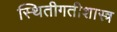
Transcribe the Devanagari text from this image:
स्थितीगतीशास्त्र